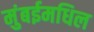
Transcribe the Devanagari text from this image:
मुंबईमधिल